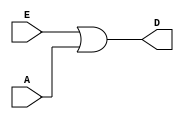
module decoder_fn(E, A, D);
input E,A;
output D;
assign D=E|A;
/*input [1:0]A;
output reg [3:0]D;

always@(*)
begin
if (E==1)
case(A)
2'b00: D=4'b0001;
2'b01: D=4'b0010;
2'b10: D=4'b0100;
2'b11: D=4'b1000;

default:
D=4'b0000;
endcase

else D=4'b1000;

end*/
endmodule